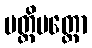
ပတ္တိပတ္တော